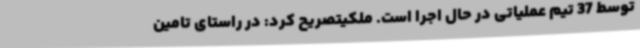
توسط 37 تیم عملیاتی در حال اجرا است. ملکیتصریح کرد: در راستای تامین